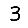
Digit: 3